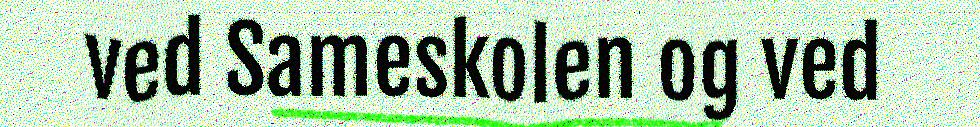
ved Sameskolen og ved